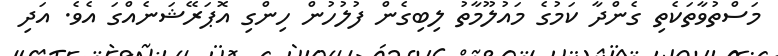
މަސްތުވާތަކެތި ގެންދާ ކަމުގެ މައުލޫމާތު ލިބިގެން ފުލުހުން ހިންގި އޮޕަރޭޝަނެއްގަ އެވެ. އަދި